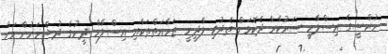
މުރްސީގެ އިސްލާމީ ސަރުކާރާ ދެކޮޅަށް ތެދުވި ލާދީނީ ޖަމާޢަތްތަކާއި އިސްލާމް ދީނުގެ ދުޝްމަނުންނަށް